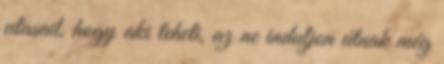
utasait, hogy aki teheti, az ne induljon útnak még